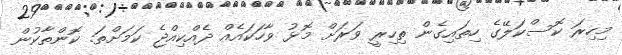
މިހިރަ ކޮސްކަލޭގެ ހިތައިގެން ތިހިރީ ވަރަށް މޮޅު ވާހަކައެެއް ދެއްކިއްޖެ ކަމަށްތަ. ކޮންތާކުން